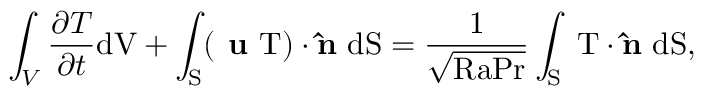
\int _ { V } \frac { \partial T } { \partial t } \mathrm { { d } V + \int _ { S } ( \textbf { u } T ) \cdot \mathbf { \hat { n } } \ \mathrm { { d } S = \frac { 1 } { \sqrt { R a P r } } \int _ { S } \nabla T \cdot \mathbf { \hat { n } } \ \mathrm { { d } S , } } }